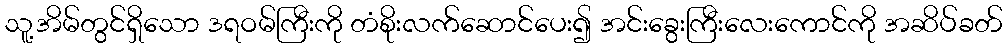
သူ့အိမ်တွင်ရှိသော ဒရဝမ်ကြီးကို တံစိုးလက်ဆောင်ပေး၍ အင်းခွေးကြီးလေးကောင်ကို အဆိပ်ခတ်